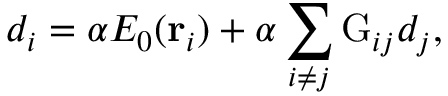
d _ { i } = \alpha E _ { 0 } ( \mathbf { r } _ { i } ) + \alpha \sum _ { i \neq j } \mathrm { G } _ { i j } d _ { j } ,